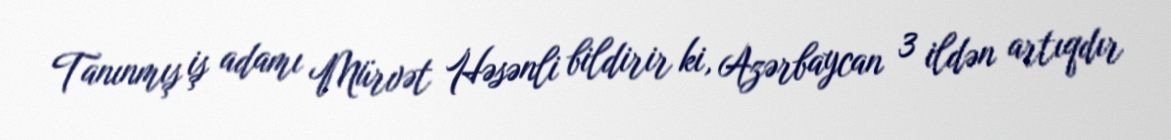
Tanınmış iş adamı Mürvət Həsənli bildirir ki, Azərbaycan 3 ildən artıqdır